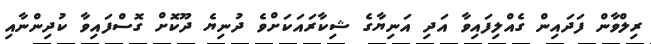
ރިލްވާން ފަދައިން ގެއްލިފައިވާ އަދި އަނިޔާގެ ޝިކާރައަކަށްވެ ދުނިޔެ ދޫކޮށް ގޮސްފައިވާ ކުދިންނާއި